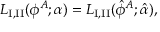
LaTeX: { \cal L } _ { \mathrm { I , I I } } ( \phi ^ { A } ; \alpha ) = { \cal L } _ { \mathrm { I , I I } } ( \hat { \phi } ^ { A } ; \hat { \alpha } ) ,